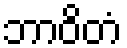
ဘာဝိတံ